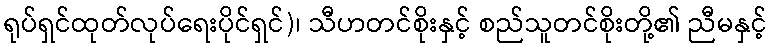
ရုပ်ရှင်ထုတ်လုပ်ရေးပိုင်ရှင်)၊ သီဟတင်စိုးနှင့် စည်သူတင်စိုးတို့၏ ညီမနှင့်